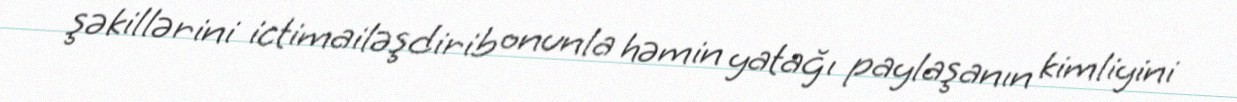
şəkillərini ictimailəşdirib onunla həmin yatağı paylaşanın kimliyini